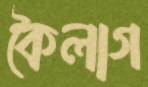
কৈলাগ